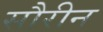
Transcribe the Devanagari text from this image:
सौरीन